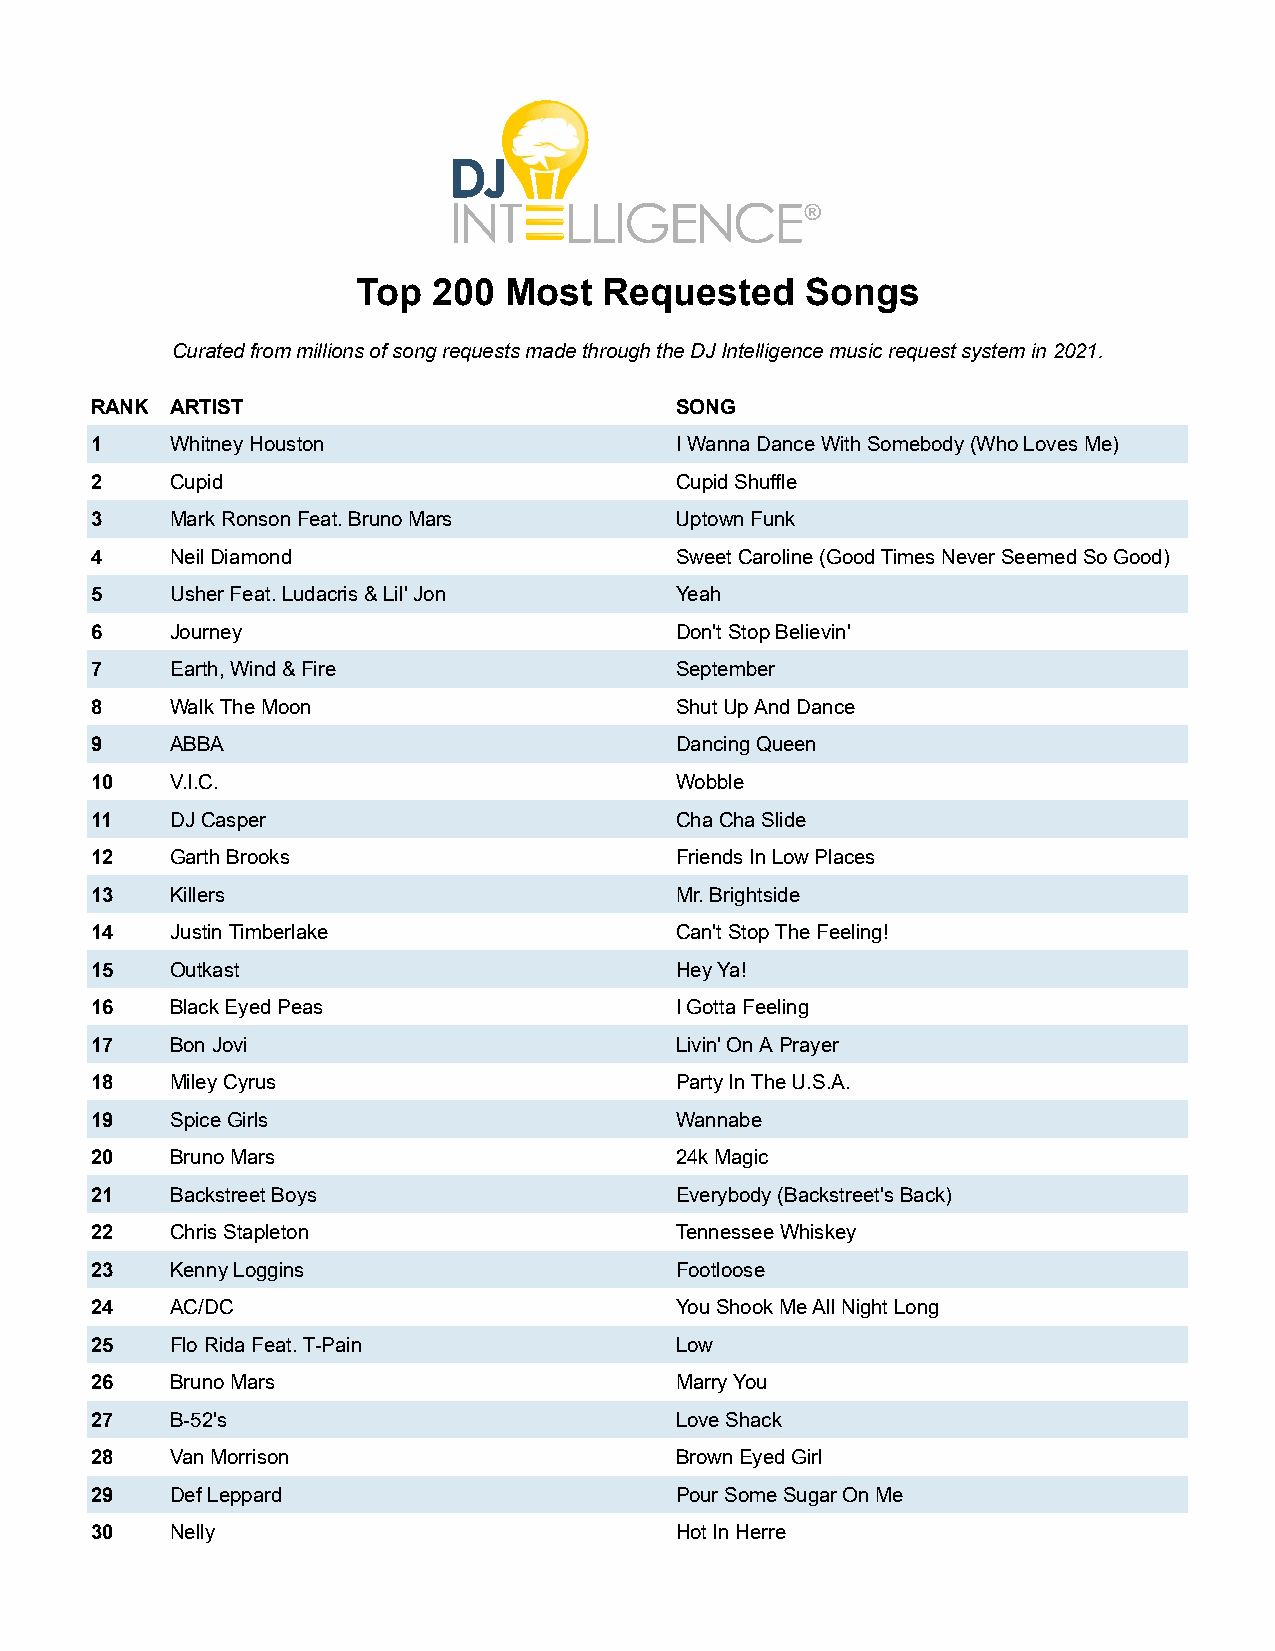
Top  200 Most   Requested    Songs
 Curated from millions of song requests made through the DJ Intelligence music request system in 2021.
 RANK ARTIST                            SONG
 1    Whitney Houston                   I Wanna Dance With Somebody (Who Loves Me)
 2    Cupid                             Cupid Shuffle
 3    Mark Ronson Feat. Bruno Mars      Uptown Funk
 4    Neil Diamond                      Sweet Caroline (Good Times Never Seemed So Good)
 5    Usher Feat. Ludacris & Lil' Jon   Yeah
 6    Journey                           Don't Stop Believin'
 7    Earth, Wind & Fire                September
 8    Walk The Moon                     Shut Up And Dance
 9    ABBA                              Dancing Queen
 10   V.I.C.                            Wobble
 11   DJ Casper                         Cha Cha Slide
 12   Garth Brooks                      Friends In Low Places
 13   Killers                           Mr. Brightside
 14   Justin Timberlake                 Can't Stop The Feeling!
 15   Outkast                           Hey Ya!
 16   Black Eyed Peas                   I Gotta Feeling
 17   Bon Jovi                          Livin' On A Prayer
 18   Miley Cyrus                       Party In The U.S.A.
 19   Spice Girls                       Wannabe
 20   Bruno Mars                        24k Magic
 21   Backstreet Boys                   Everybody (Backstreet's Back)
 22   Chris Stapleton                   Tennessee Whiskey
 23   Kenny Loggins                     Footloose
 24   AC/DC                             You Shook Me All Night Long
 25   Flo Rida Feat. T-Pain             Low
 26   Bruno Mars                        Marry You
 27   B-52's                            Love Shack
 28   Van Morrison                      Brown Eyed Girl
 29   Def Leppard                       Pour Some Sugar On Me
 30   Nelly                             Hot In Herre